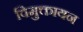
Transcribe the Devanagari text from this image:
विमुक्तायन